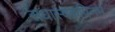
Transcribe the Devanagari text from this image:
राधास्वरुपिनम